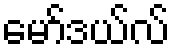
မော်ဒယ်လ်